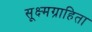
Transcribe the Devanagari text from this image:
सूक्ष्मग्राहिता